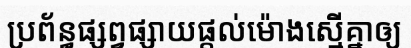
ប្រព័ន្ធផ្សព្វផ្សាយផ្តល់ម៉ោងស្មើគ្នាឲ្យ